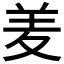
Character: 𮊢